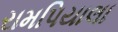
રામપિયાલા